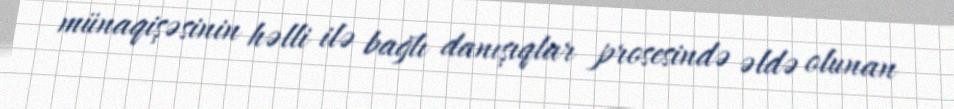
münaqişəsinin həlli ilə bağlı danışıqlar prosesində əldə olunan